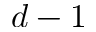
d - 1